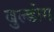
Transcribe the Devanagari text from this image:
बुल्डोग